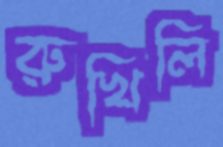
রুখিলি